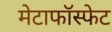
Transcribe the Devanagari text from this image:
मेटाफॉस्फेट